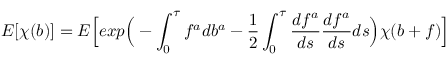
E [ \chi ( b ) ] = E \Big [ e x p \Big ( - \int _ { 0 } ^ { \tau } f ^ { a } d b ^ { a } - \frac { 1 } { 2 } \int _ { 0 } ^ { \tau } \frac { d f ^ { a } } { d s } \frac { d f ^ { a } } { d s } d s \Big ) \chi ( b + f ) \Big ]